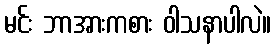
မင်း ဘာအားကစား ဝါသနာပါလဲ။